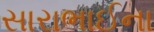
સારાભાઈના